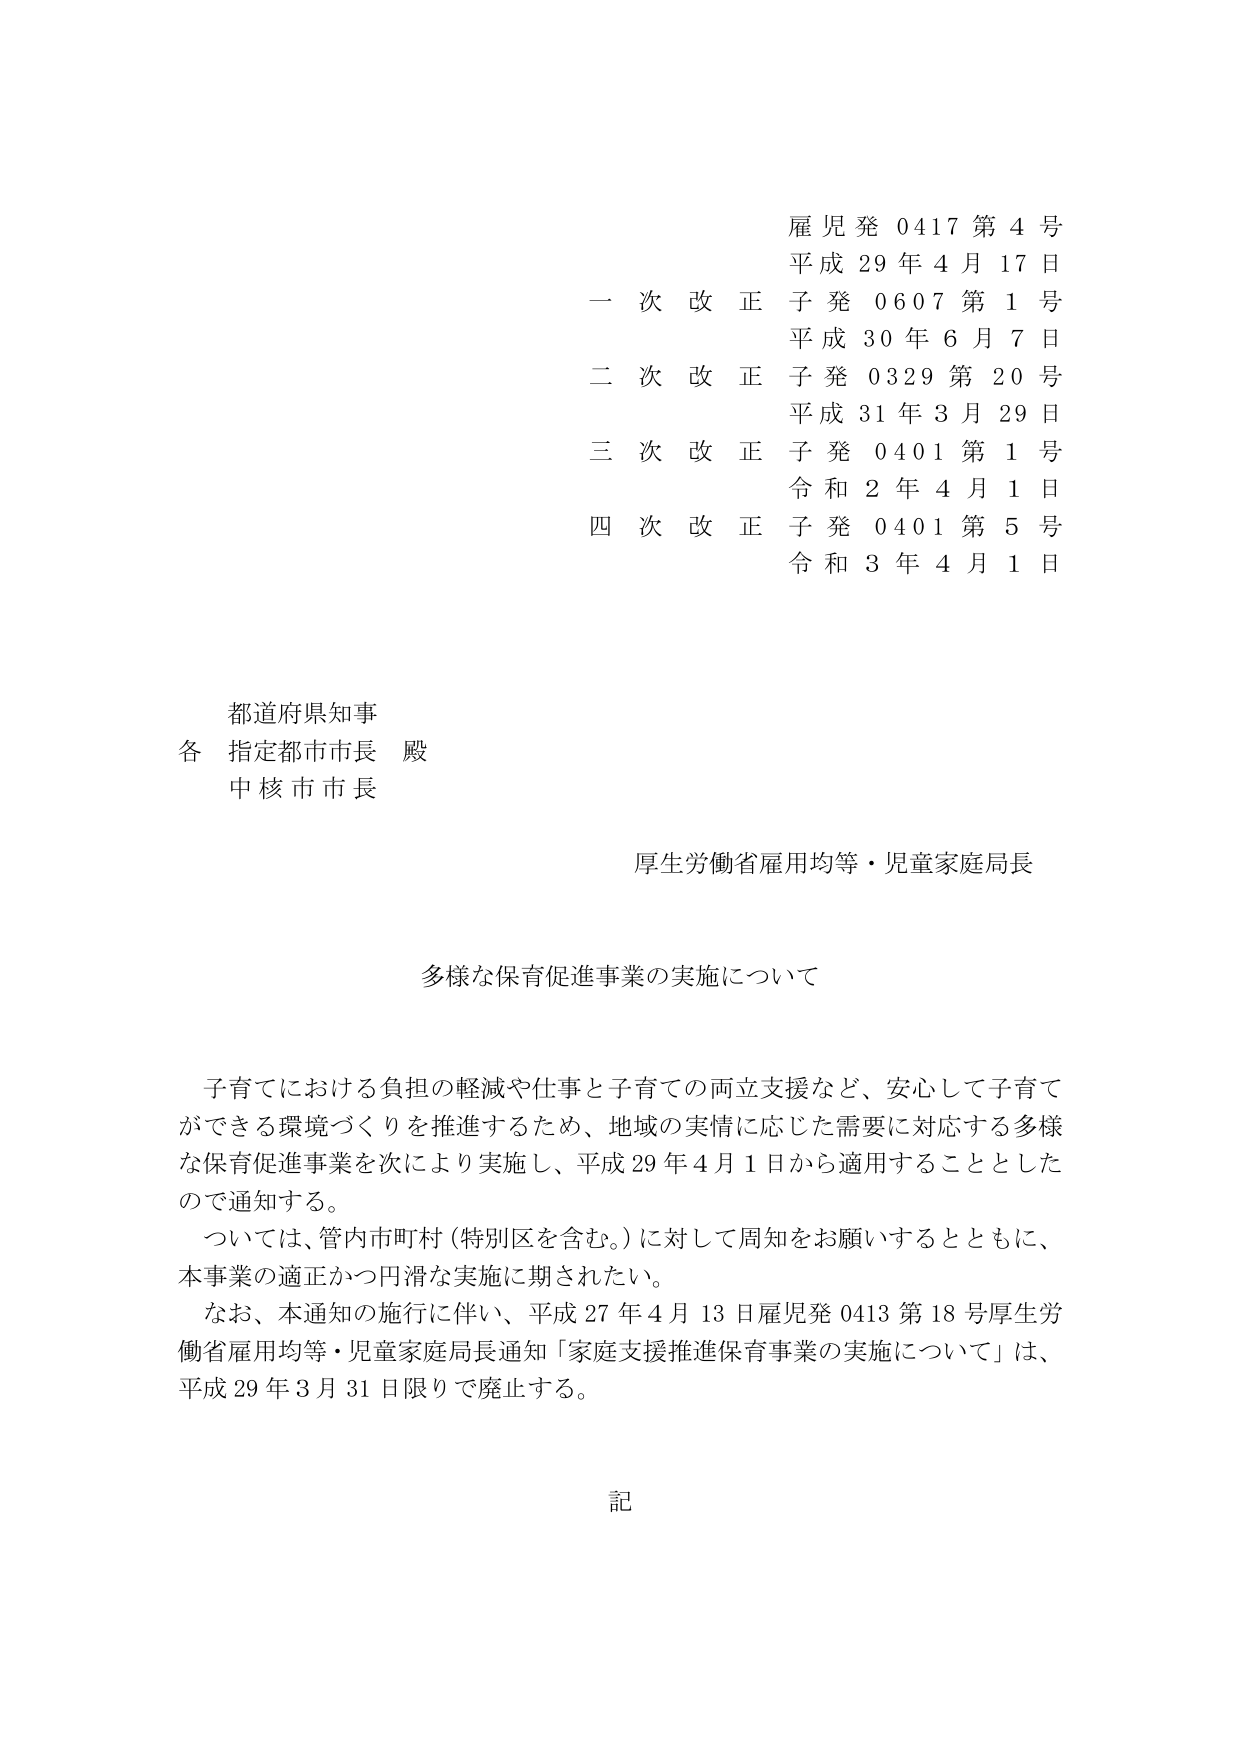
雇児発 0417 第 4 号
平成 29 年 4 月 17 日
一 次 改 正 子発 0607 第 1 号
平成 30 年 6 月 7 日
二 次 改 正 子発 0329 第 20 号
平成 31 年 3 月 29 日
三 次 改 正 子発 0401 第 1 号
令和 2 年 4 月 1 日
四 次 改 正 子発 0401 第 5 号
令和 3 年 4 月 1 日

都道府県知事
各 指定都市市長 殿
中核市市長

厚生労働省雇用均等・児童家庭局長

多様な保育促進事業の実施について

子育てにおける負担の軽減や仕事と子育ての両立支援など、安心して子育てができる環境づくりを推進するため、地域の実情に応じた需要に対応する多様な保育促進事業を次により実施し、平成 29 年 4 月 1 日から適用することとしたので通知する。
ついては、管内市町村（特別区を含む。）に対して周知をお願いするとともに、本事業の適正かつ円滑な実施に期されたい。
なお、本通知の施行に伴い、平成 27 年 4 月 13 日雇児発 0413 第 18 号厚生労働省雇用均等・児童家庭局長通知「家庭支援推進保育事業の実施について」は、平成 29 年 3 月 31 日限りで廃止する。

記